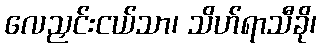
လေညှင်းငယ်သာ၊ သိဟ်ရာသီခို၊